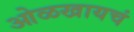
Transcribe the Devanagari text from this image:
ओळखायचं